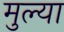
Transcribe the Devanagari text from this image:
मुल्या